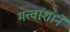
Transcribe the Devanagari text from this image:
मत्त्वांशानें